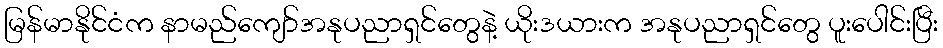
မြန်မာနိုင်ငံက နာမည်ကျော်အနုပညာရှင်တွေနဲ့ ယိုးဒယားက အနုပညာရှင်တွေ ပူးပေါင်းပြီး